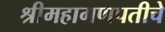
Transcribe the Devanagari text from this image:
श्रीमहागणपतीचे